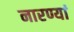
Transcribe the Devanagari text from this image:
नारण्यां